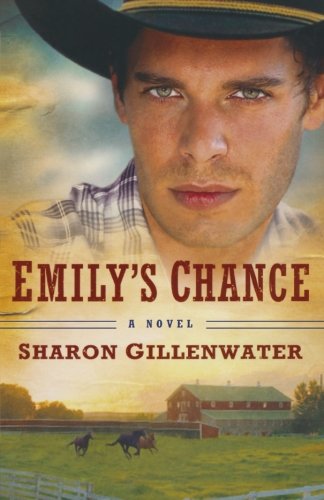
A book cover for Emily's Chance: A Novel (The Callahans of Texas); Sharon Gillenwater; Christian Books & Bibles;